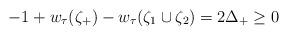
LaTeX: \begin{align*}-1 + w_\tau(\zeta_+) - w_\tau(\zeta_1\cup\zeta_2) = 2\Delta_+ \ge 0\end{align*}